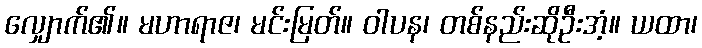
လျှောက်၏။ မဟာရာဇ၊ မင်းမြတ်။ ဝါပန၊ တစ်နည်းဆိုဦးအံ့။ ယထာ၊